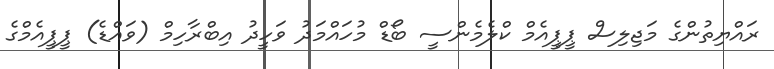
ރައްޔިތުންގެ މަޖިލިސް ޕީޕީއެމް ކްލެމެންސީ ބޯޑް މުހައްމަދު ވަހީދު އިބްރާހިމް (ވައްޑެ) ޕީޕީއެމްގެ